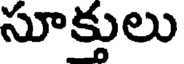
సూక్తులు